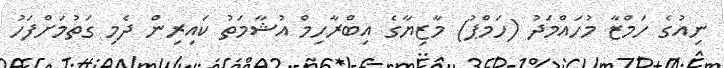
ނިއުގެ ހަމްޒާ މުހައްމަދު (ހަމްޕު) މާޒިޔާގެ އިބްރާހިމް އުޝާމަތު ކައިރިން ދެމި ގަތުމަށްފަހު